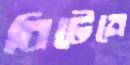
বিটেনে